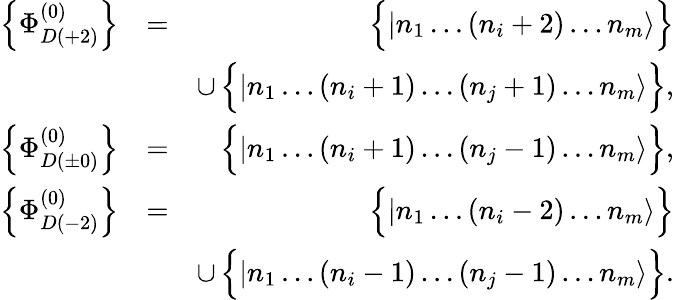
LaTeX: \begin{array}{rlr}{\left\{ \Phi_{D(+2)}^{(0)}\right\} }&{=}&{\Big\{ |n_{1}\dots(n_{i}+2)\dots n_{m}\rangle\Big\} }\\ &{}&{\cup\, \Big\{ |n_{1}\dots(n_{i}+1)\dots(n_{j}+1)\dots n_{m}\rangle\Big\} ,}\\ {\left\{ \Phi_{D(\pm 0)}^{(0)}\right\} }&{=}&{\Big\{ |n_{1}\dots(n_{i}+1)\dots(n_{j}-1)\dots n_{m}\rangle\Big\} ,}\\ {\left\{ \Phi_{D(-2)}^{(0)}\right\} }&{=}&{\Big\{ |n_{1}\dots(n_{i}-2)\dots n_{m}\rangle\Big\} }\\ &{}&{\cup\, \Big\{ |n_{1}\dots(n_{i}-1)\dots(n_{j}-1)\dots n_{m}\rangle\Big\} .}\end{array}